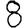
Digit: 8